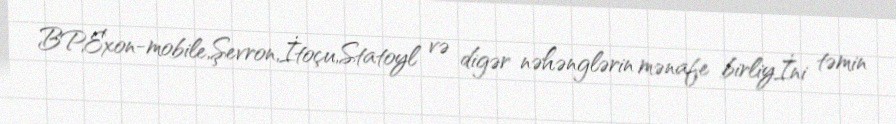
BP,Exon-mobile,Şevron,İtoçu,Statoyl və digər nəhənglərin mənafe birliyİni təmin